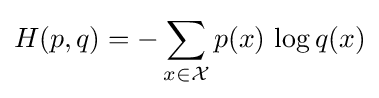
H(p,q)=-\sum _{x\in {\mathcal {X}}}p(x)\,\log q(x)